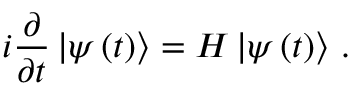
i \frac { \partial } { \partial t } \mathinner { | { \psi \left( t \right) } \rangle } = H \mathinner { | { \psi \left( t \right) } \rangle } \, .